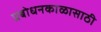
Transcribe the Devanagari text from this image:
प्रबोधनकाळासाठी